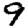
Digit: 9